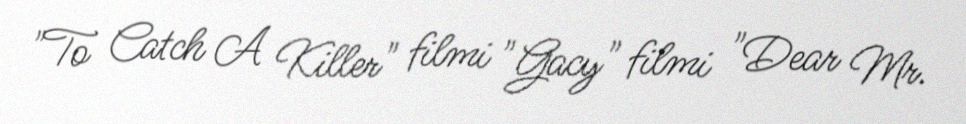
"To Catch A Killer" filmi "Gacy" filmi "Dear Mr.